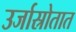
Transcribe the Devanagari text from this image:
उर्जास्रोतात